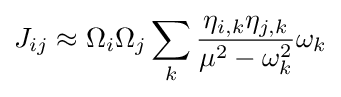
J_{ij}\approx \Omega _{i}\Omega _{j}\sum _{k}{\frac {\eta _{i,k}\eta _{j,k}}{\mu ^{2}-\omega _{k}^{2}}}\omega _{k}